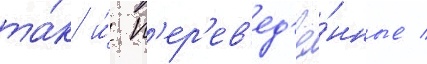
та́к и́ п'ер'ев'ед'ё́нные /